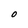
Character: O